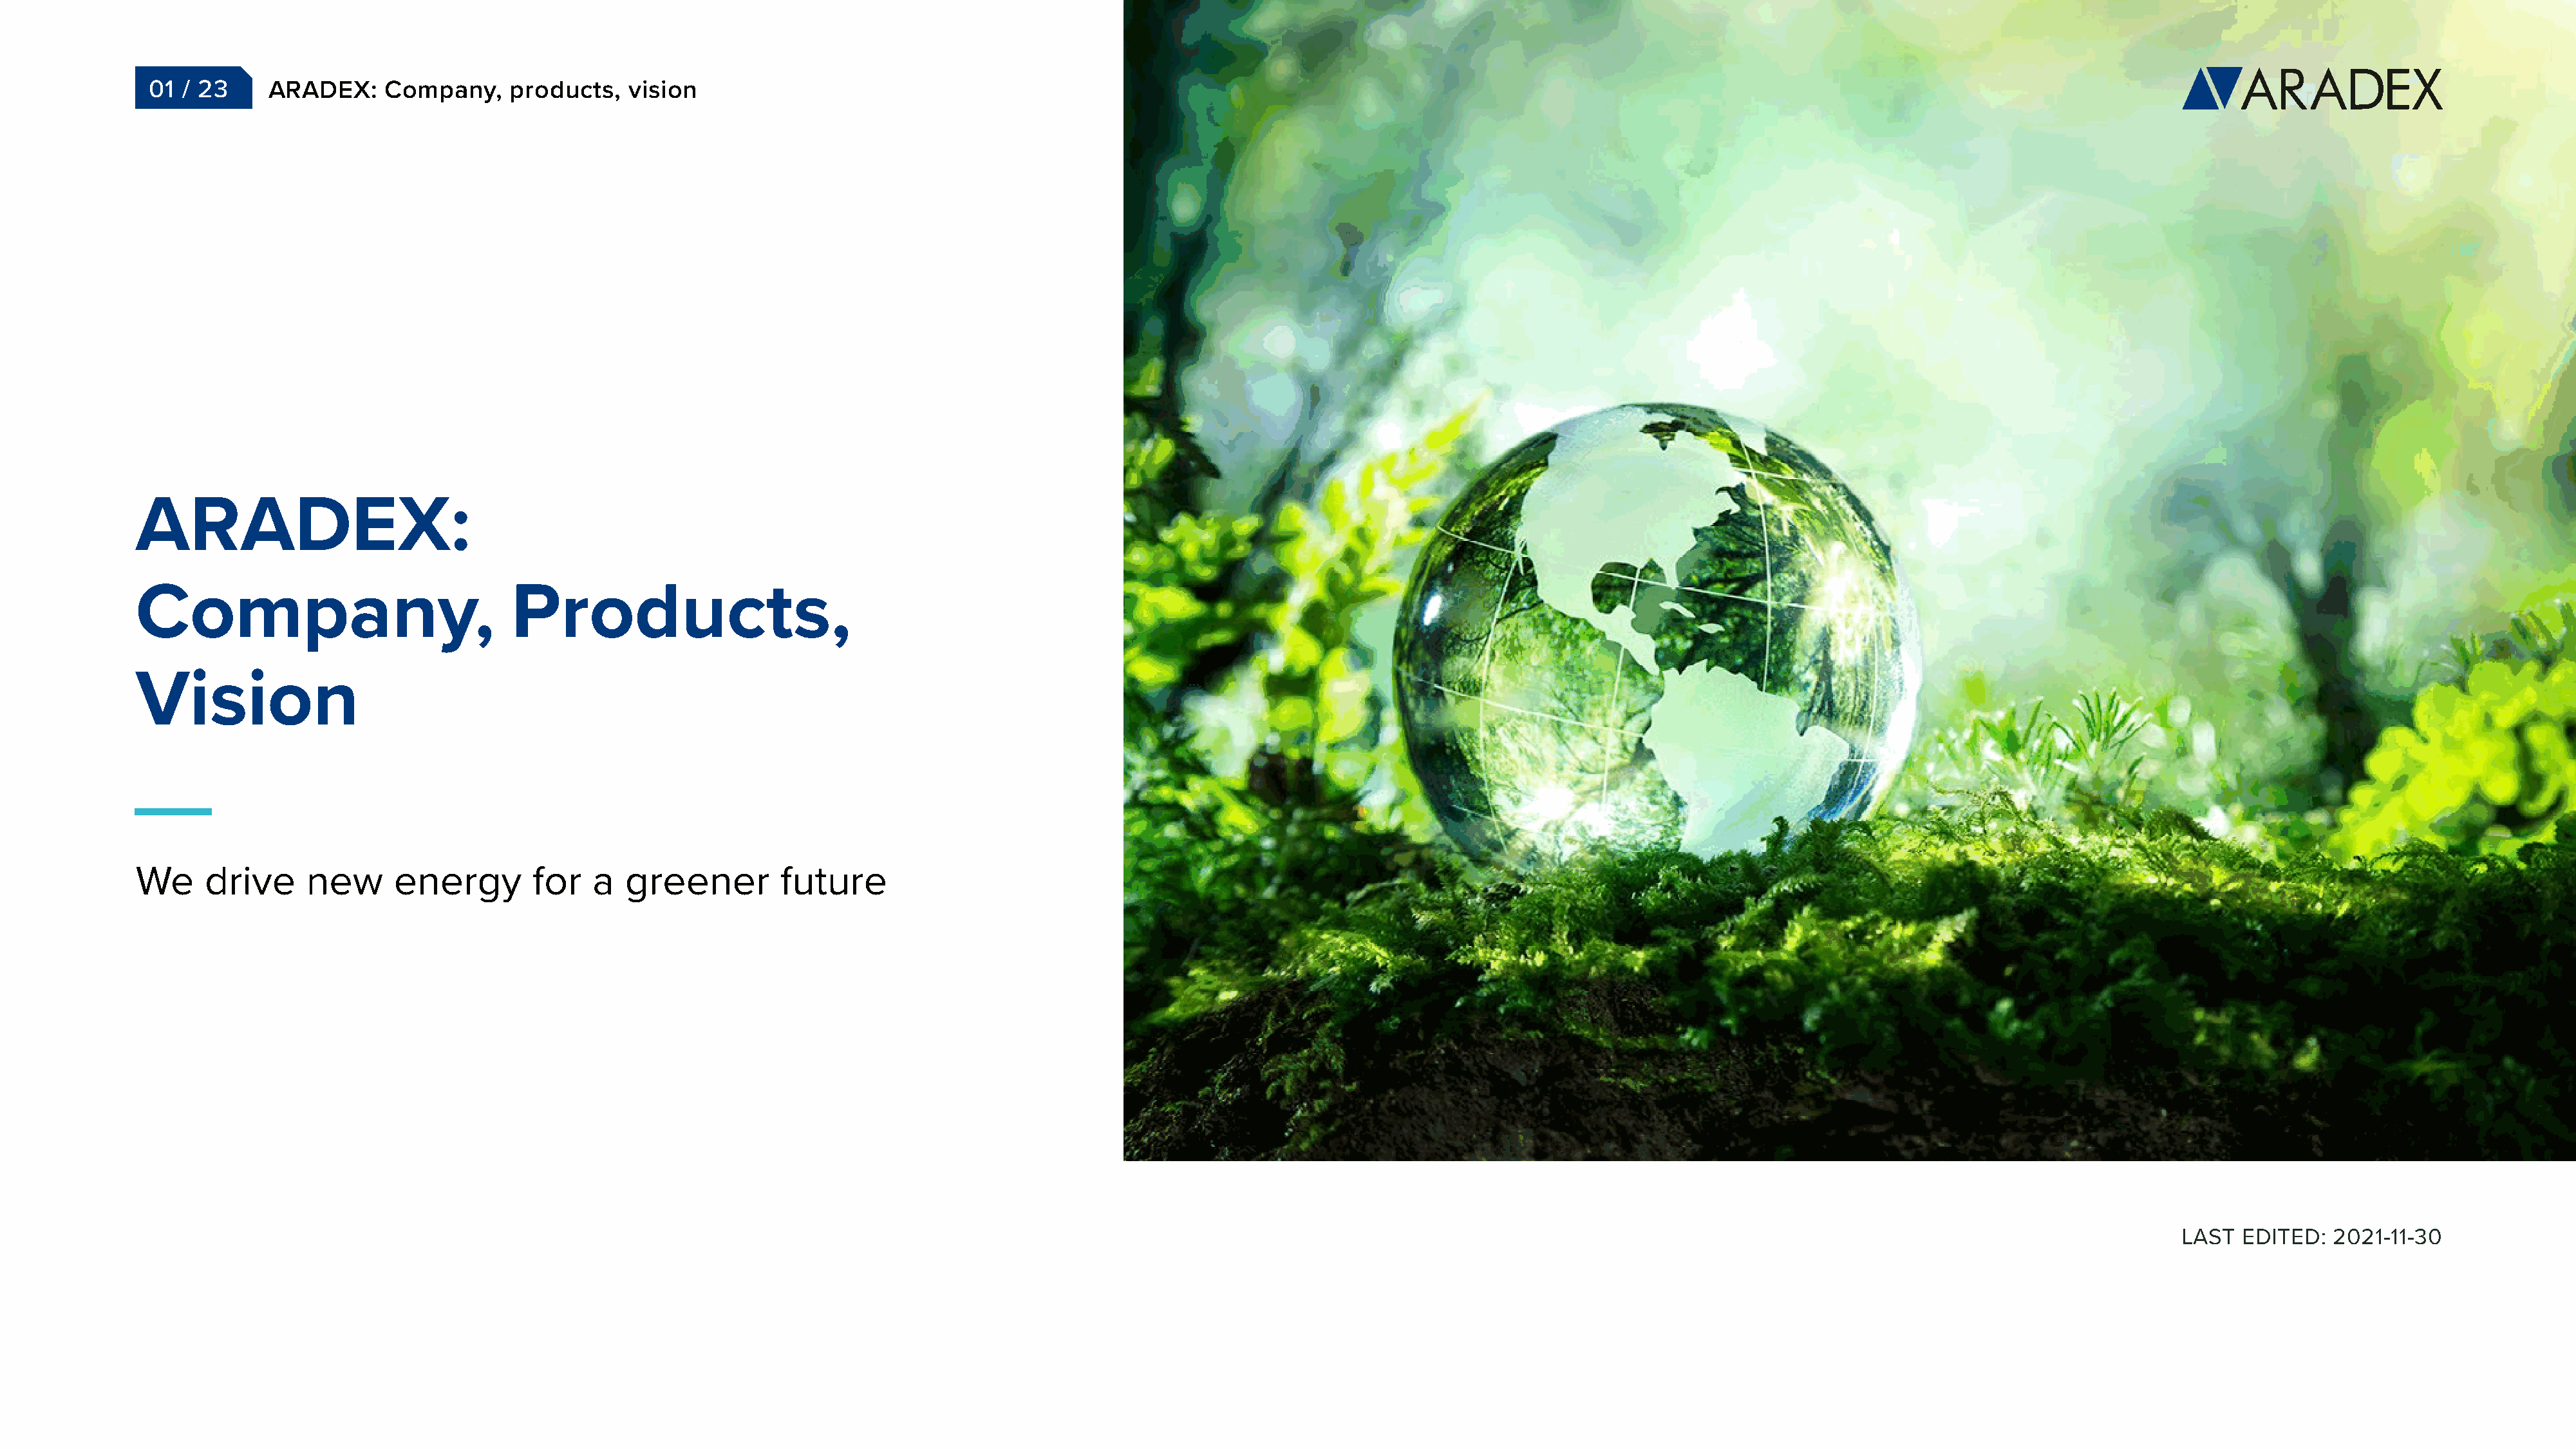
01  / 23     ARADEX:     Company,    products,    vision
 ARADEX:
 Company,                               Products,
 Vision
 We     drive     new      energy         for   a  greener         future
 LAST   EDITED:  2021-11-30